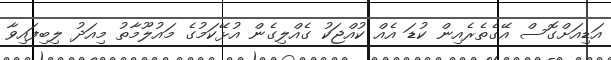
އަޑިއަށްގޮސް އޭގެތެރެއިން ކުޑަ އެއް ކުއްޖަކު ގެއްލިގެން އުޅޭކަމުގެ މައުލޫމާތު މިއަދު ލިބިފައިވާ